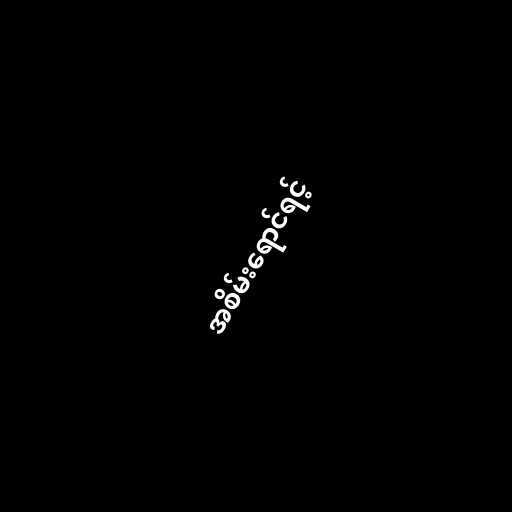
အစိမ်းရောင်ရင့်